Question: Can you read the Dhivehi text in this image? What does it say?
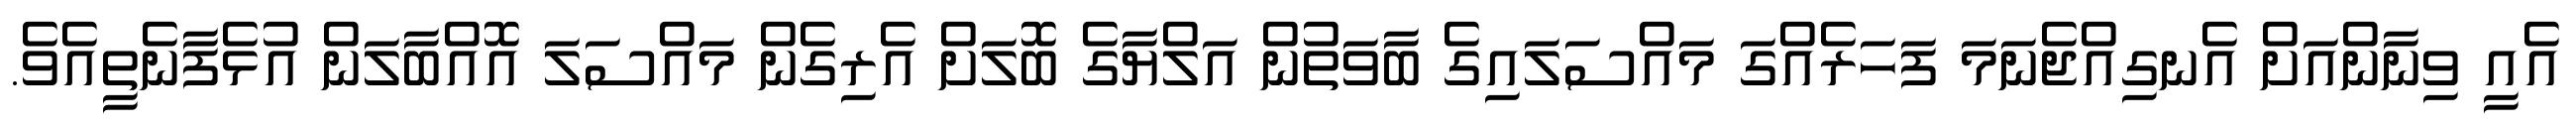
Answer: އެއީ ވިނާންއަށް އެނގިއްޖެނަމަ ފަހަރެއްގަ މައްސަލައިގެ ބާވަތުން އަލްޔާގެ ބޮލަށް އެރިގެން މައްސަލަ އޮއްބާލަން އުޅެފާނެތީއެވެ.